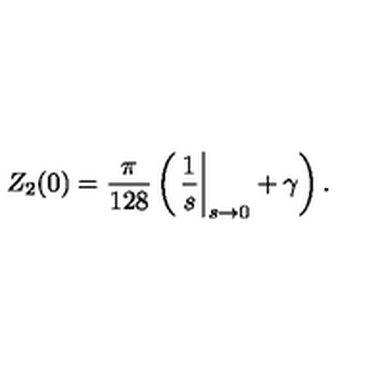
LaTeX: Z _ { 2 } ( 0 ) = \frac { \pi } { 1 2 8 } \left( \left. \frac { 1 } { s } \right| _ { s \to 0 } + \gamma \right) .